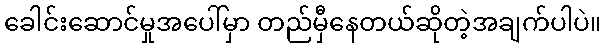
ခေါင်းဆောင်မှုအပေါ်မှာ တည်မှီနေတယ်ဆိုတဲ့အချက်ပါပဲ။